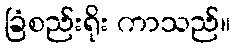
ခြံစည်းရိုး ကာသည်။